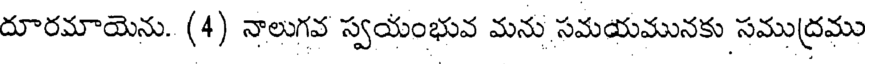
దూరమాయెను. (4) నాలుగవ స్వయంభువ మను సమయమునకు సముద్రము